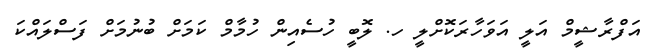
އަފްރާޝީމް އަލީ އަވަހާރަކޮށްލީ ހ. ލޮބީ ހުސެއިން ހުމާމް ކަމަށް ބުނުމަށް ފަސްލައްކަ